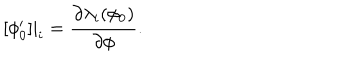
[ \phi _ { 0 } ^ { \prime } ] | _ { i } = \frac { \partial \lambda _ { i } ( \phi _ { 0 } ) } { \partial \phi } .